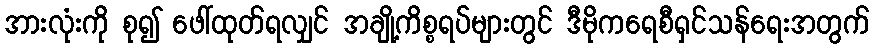
အားလုံးကို စု၍ ဖေါ်ထုတ်ရလျှင် အချို့ကိစ္စရပ်များတွင် ဒီမိုကရေစီရှင်သန်ရေးအတွက်